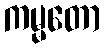
ကမ္မတော